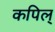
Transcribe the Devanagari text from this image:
कपिल्